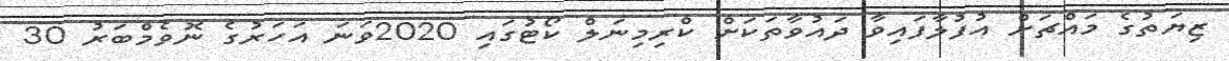
ޒިޔަތުގެ މައްޗަށް އުފުލާފައިވާ ދައުވާތަކަށް ކްރިމިނަލް ކޯޓުގައި 2020ވަނަ އަަހަރުގެ ނޮވެމްބަރު 30